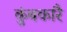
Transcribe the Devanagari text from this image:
कुंबकारै